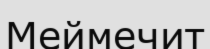
Меймечит